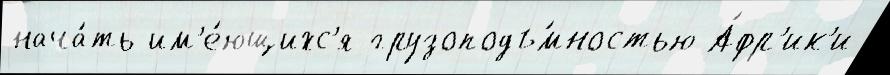
нача́ть им'е́ющихс'я грузоподъ́мностью А́фр'ик'и